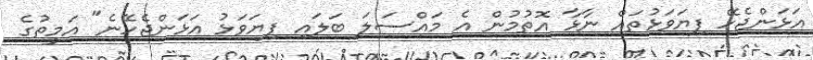
އަޅަންޖެހޭ ފިޔަވަޅުތައް ނާޅާ އޮތުމުން އެ މައްސަލަ ބަލައި ފިޔަވަޅު އަޅަންޖެހޭނެ" އަމީތުގެ